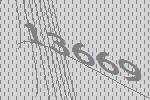
13669